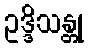
ဥဒ္ဒိသန္တု